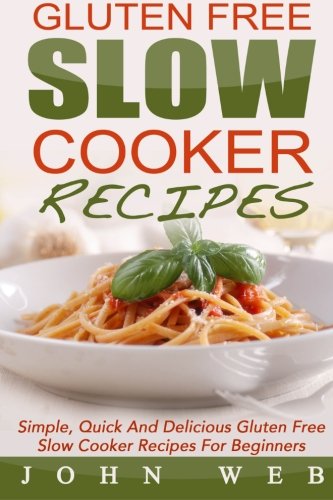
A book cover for Gluten Free: Gluten Free Slow Cooker Recipes - Simple, Quick And Delicious Gluten Free Slow Cooker Recipes For Beginners (Gluten Free Diet, Wheat Free Diet, Gluten Free Cookbook); John Web; Cookbooks, Food & Wine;